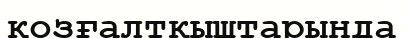
қозғалтқыштарында